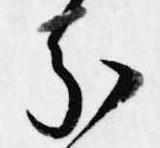
分